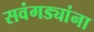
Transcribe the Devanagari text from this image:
सवंगड्यांना